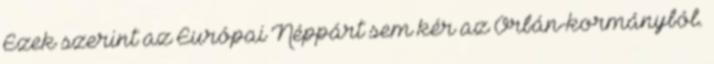
Ezek szerint az Európai Néppárt sem kér az Orbán-kormányból.